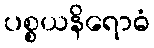
ပစ္စယနိရောဓံ